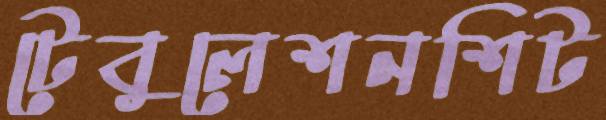
টেবুলেশনশিট